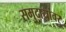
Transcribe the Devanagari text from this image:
समुदायांवर